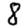
Digit: 8